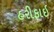
હરીફાઈ